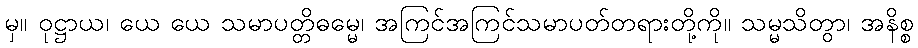
မှ။ ဝုဋ္ဌာယ၊ ယေ ယေ သမာပတ္တိဓမ္မေ၊ အကြင်အကြင်သမာပတ်တရားတို့ကို။ သမ္မသိတွာ၊ အနိစ္စ